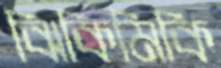
ঝিকিমিকি